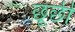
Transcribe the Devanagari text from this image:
छूछी